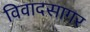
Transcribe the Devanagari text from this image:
विवादसागर